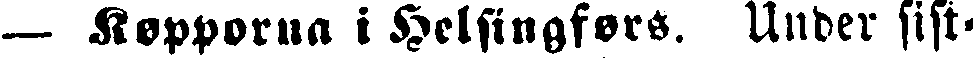
— Kopporna i Helsingfors. Under sist-